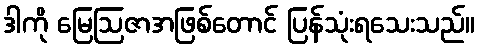
ဒါကို မြေဩဇာအဖြစ်တောင် ပြန်သုံးရသေးသည်။